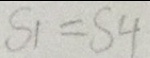
S _ { 1 } = S _ { 4 }